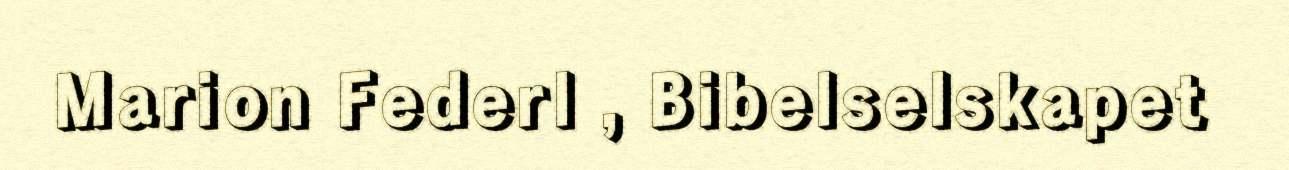
Marion Federl , Bibelselskapet